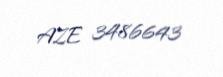
AZE 3486643